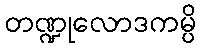
တဏ္ဍုလောဒကမ္ပိ